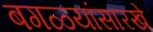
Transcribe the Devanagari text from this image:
बगळ्यांसारखे